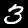
Label: 3